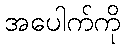
အပေါက်ကို